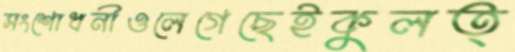
সংশোধনীওলেগেছেইকুলত্